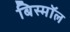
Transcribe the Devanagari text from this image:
बिस्मॉल